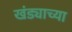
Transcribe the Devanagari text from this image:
खंड्याच्या